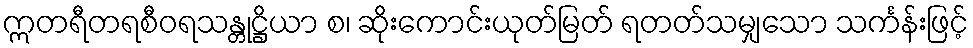
ဣတရီတရစီဝရသန္တုဋ္ဌိယာ စ၊ ဆိုးကောင်းယုတ်မြတ် ရတတ်သမျှသော သင်္ကန်းဖြင့်